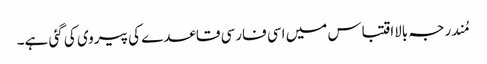
مُندرجہ بالااقتباس میں اسی فارسی قاعدے کی پیروی کی گئی ہے۔